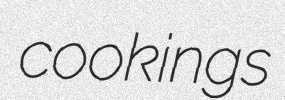
cookings